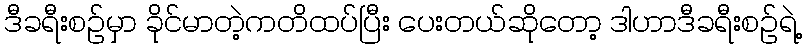
ဒီခရီးစဉ်မှာ ခိုင်မာတဲ့ကတိထပ်ပြီး ပေးတယ်ဆိုတော့ ဒါဟာဒီခရီးစဉ်ရဲ့